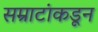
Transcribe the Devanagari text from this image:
सम्राटांकडून